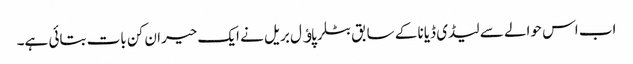
اب اس حوالے سے لیڈی ڈیانا کے سابق بٹلر پاﺅل بریل نے ایک حیران کن بات بتائی ہے۔